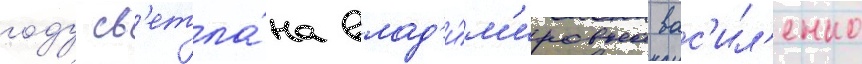
году св'етла́на влад'и́м'ировна вас'ил'енко